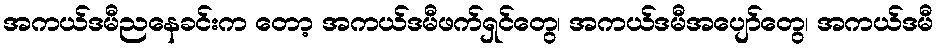
အကယ်ဒမီညနေခင်းက တော့ အကယ်ဒမီဖက်ရှင်တွေ၊ အကယ်ဒမီအပျော်တွေ၊ အကယ်ဒမီ